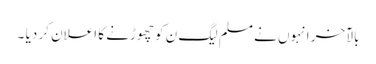
بالآخر انہوں نے مسلم لیگ ن کو چھوڑنے کا اعلان کر دیا ۔